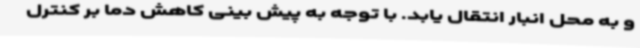
و به محل انبار انتقال یابد. با توجه به پیش بینی کاهش دما بر کنترل